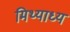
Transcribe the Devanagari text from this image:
मिथ्याध्य